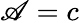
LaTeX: \mathscr{A}=c